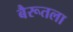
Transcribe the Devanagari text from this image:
बैरूतला